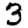
Digit: 3